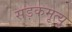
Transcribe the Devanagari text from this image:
सड़कमृत्यु